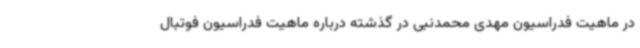
در ماهیت فدراسیون مهدی محمدنبی در گذشته درباره ماهیت فدراسیون فوتبال